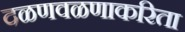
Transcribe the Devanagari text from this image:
दळणवळणाकरिता